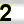
Digit: 2